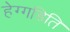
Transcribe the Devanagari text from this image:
हेग्गडिति